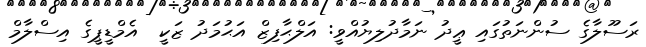
ރަސޫލާގެ ސުންނަތުގައި ޢީދު ނަމާދުލިޔުއްވީ: އަލްޙާފިޒް އަޙުމަދު ޒަކީ  އެމްޑީޕީގެ އިސްލާމް